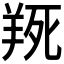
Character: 𦎄